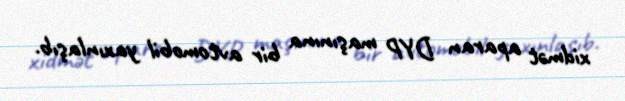
xidmət aparan DYP maşınına bir avtomobil yaxınlaşıb.